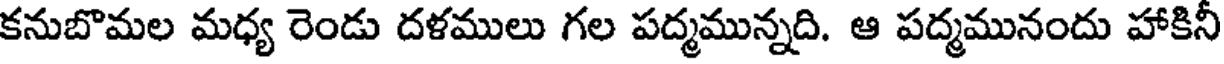
కనుబొమల మధ్య రెండు దళములు గల పద్మమున్నది. ఆ పద్మమునందు హాకినీ